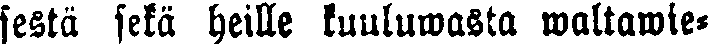
sestä sekä heille kuuluwasta waltawie-